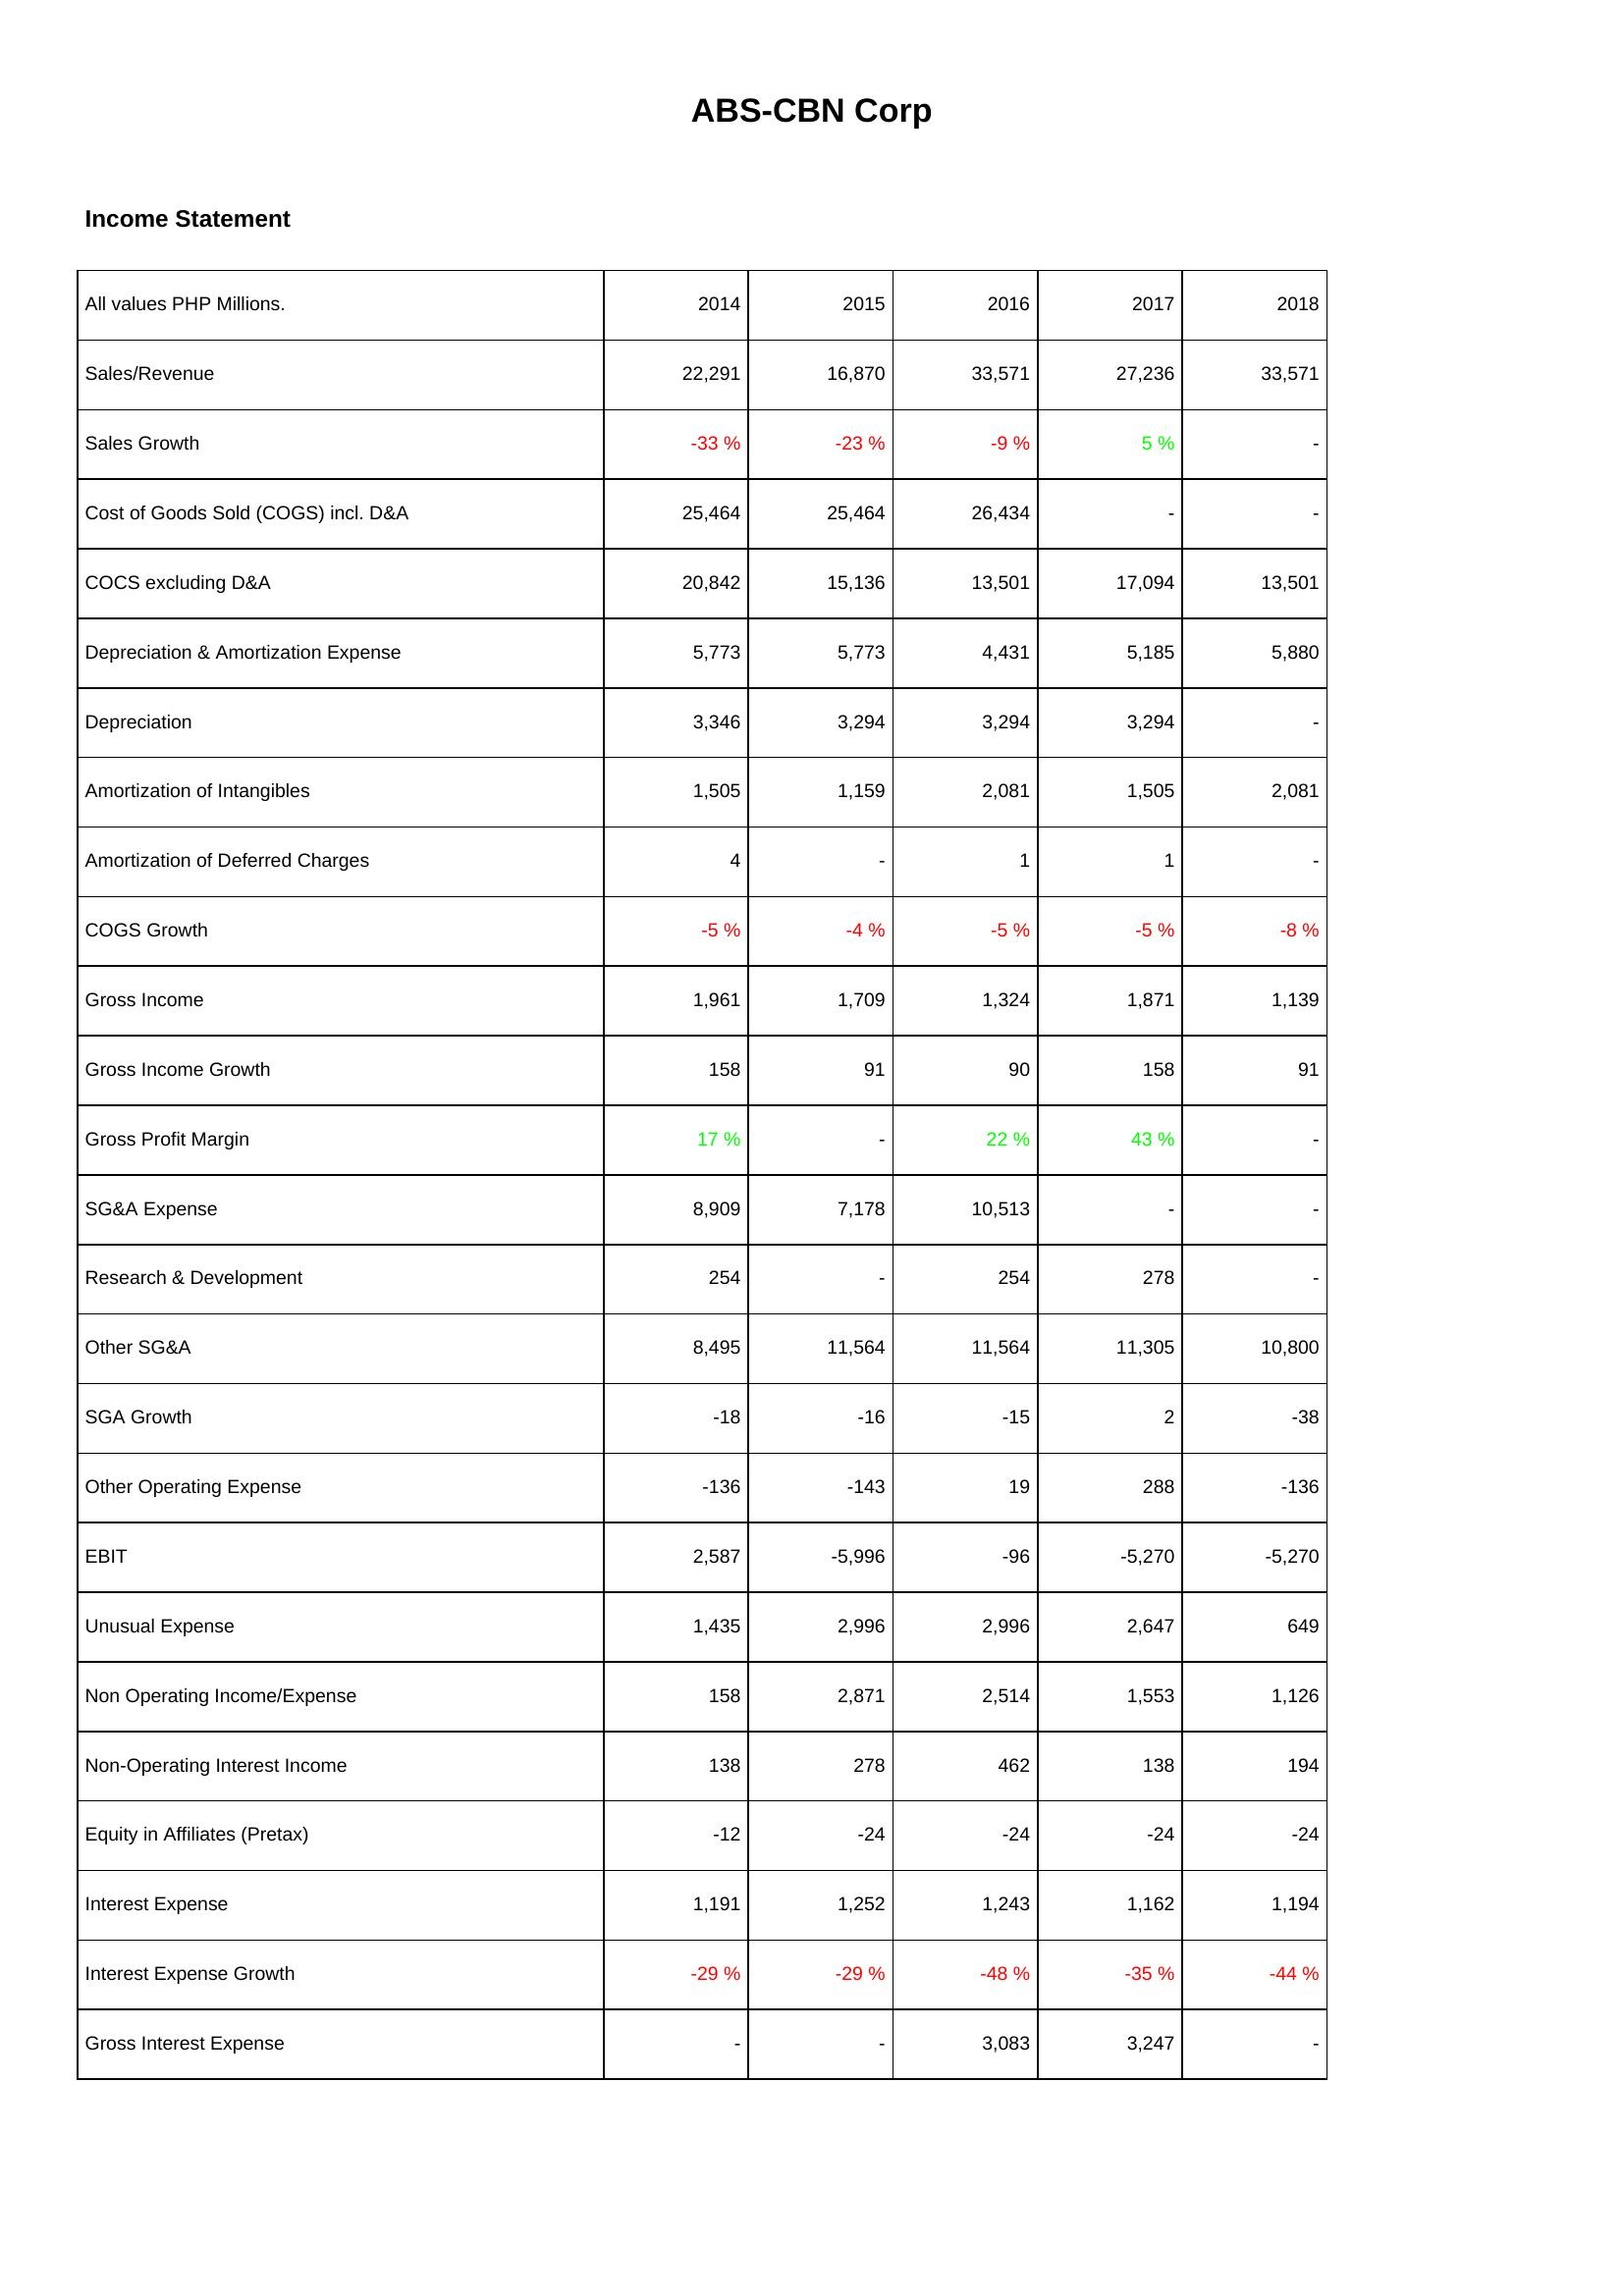
2014: Income Statement: Sales/Revenue: 22,291
Sales Growth: -33 %
Cost of Goods Sold (COGS) incl. D&A: 25,464
COCS excluding D&A: 20,842
Depreciation & Amortization Expense: 5,773
Depreciation: 3,346
Amortization of Intangibles: 1,505
Amortization of Deferred Charges: 4
COGS Growth: -5 %
Gross Income: 1,961
Gross Income Growth: 158
Gross Profit Margin: 17 %
SG&A Expense: 8,909
Research & Development: 254
Other SG&A: 8,495
SGA Growth: -18
Other Operating Expense: -136
EBIT: 2,587
Unusual Expense: 1,435
Non Operating Income/Expense: 158
Non-Operating Interest Income: 138
Equity in Affiliates (Pretax): -12
Interest Expense: 1,191
Interest Expense Growth: -29 %
Gross Interest Expense: -
2015: Income Statement: Sales/Revenue: 16,870
Sales Growth: -23 %
Cost of Goods Sold (COGS) incl. D&A: 25,464
COCS excluding D&A: 15,136
Depreciation & Amortization Expense: 5,773
Depreciation: 3,294
Amortization of Intangibles: 1,159
Amortization of Deferred Charges: -
COGS Growth: -4 %
Gross Income: 1,709
Gross Income Growth: 91
Gross Profit Margin: -
SG&A Expense: 7,178
Research & Development: -
Other SG&A: 11,564
SGA Growth: -16
Other Operating Expense: -143
EBIT: -5,996
Unusual Expense: 2,996
Non Operating Income/Expense: 2,871
Non-Operating Interest Income: 278
Equity in Affiliates (Pretax): -24
Interest Expense: 1,252
Interest Expense Growth: -29 %
Gross Interest Expense: -
2016: Income Statement: Sales/Revenue: 33,571
Sales Growth: -9 %
Cost of Goods Sold (COGS) incl. D&A: 26,434
COCS excluding D&A: 13,501
Depreciation & Amortization Expense: 4,431
Depreciation: 3,294
Amortization of Intangibles: 2,081
Amortization of Deferred Charges: 1
COGS Growth: -5 %
Gross Income: 1,324
Gross Income Growth: 90
Gross Profit Margin: 22 %
SG&A Expense: 10,513
Research & Development: 254
Other SG&A: 11,564
SGA Growth: -15
Other Operating Expense: 19
EBIT: -96
Unusual Expense: 2,996
Non Operating Income/Expense: 2,514
Non-Operating Interest Income: 462
Equity in Affiliates (Pretax): -24
Interest Expense: 1,243
Interest Expense Growth: -48 %
Gross Interest Expense: 3,083
2017: Income Statement: Sales/Revenue: 27,236
Sales Growth: 5 %
Cost of Goods Sold (COGS) incl. D&A: -
COCS excluding D&A: 17,094
Depreciation & Amortization Expense: 5,185
Depreciation: 3,294
Amortization of Intangibles: 1,505
Amortization of Deferred Charges: 1
COGS Growth: -5 %
Gross Income: 1,871
Gross Income Growth: 158
Gross Profit Margin: 43 %
SG&A Expense: -
Research & Development: 278
Other SG&A: 11,305
SGA Growth: 2
Other Operating Expense: 288
EBIT: -5,270
Unusual Expense: 2,647
Non Operating Income/Expense: 1,553
Non-Operating Interest Income: 138
Equity in Affiliates (Pretax): -24
Interest Expense: 1,162
Interest Expense Growth: -35 %
Gross Interest Expense: 3,247
2018: Income Statement: Sales/Revenue: 33,571
Sales Growth: -
Cost of Goods Sold (COGS) incl. D&A: -
COCS excluding D&A: 13,501
Depreciation & Amortization Expense: 5,880
Depreciation: -
Amortization of Intangibles: 2,081
Amortization of Deferred Charges: -
COGS Growth: -8 %
Gross Income: 1,139
Gross Income Growth: 91
Gross Profit Margin: -
SG&A Expense: -
Research & Development: -
Other SG&A: 10,800
SGA Growth: -38
Other Operating Expense: -136
EBIT: -5,270
Unusual Expense: 649
Non Operating Income/Expense: 1,126
Non-Operating Interest Income: 194
Equity in Affiliates (Pretax): -24
Interest Expense: 1,194
Interest Expense Growth: -44 %
Gross Interest Expense: -